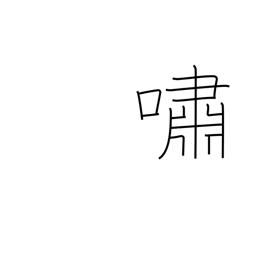
Meaning: recite emotionally